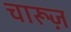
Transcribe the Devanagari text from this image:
चारूज़